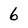
Character: 6